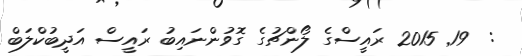
:  19